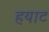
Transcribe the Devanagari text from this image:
हयाट